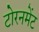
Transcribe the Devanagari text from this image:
टोरनमेंट